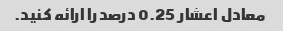
معادل اعشار 0.25 درصد را ارائه کنید.